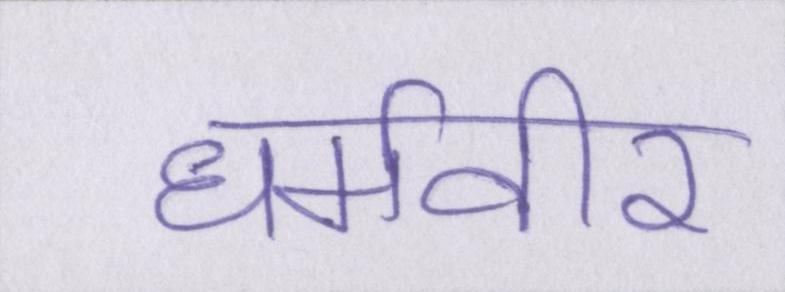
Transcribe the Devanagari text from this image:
धर्मवीर